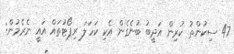
47 ސިކުންތު ކުރިން އަދީބު ބުނެގެން އެކި ކަހަލަ ރިޕޯޓުތައް އައީ ނެރެމުން: